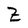
Character: Z